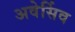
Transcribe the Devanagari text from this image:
अवेर्सिव